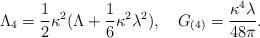
LaTeX: \begin{align*} \Lambda_4 = \frac12 \kappa^2(\Lambda+\frac16 \kappa^2 \lambda ^2), \quad G_{(4)}=\frac{\kappa^4 \lambda }{48 \pi }.\end{align*}